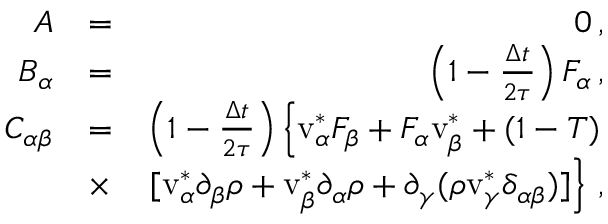
\begin{array} { r l r } { A } & { = } & { 0 \, , } \\ { B _ { \alpha } } & { = } & { \left( 1 - \frac { \Delta t } { 2 \tau } \right) F _ { \alpha } \, , } \\ { C _ { \alpha \beta } } & { = } & { \left( 1 - \frac { \Delta t } { 2 \tau } \right) \left\{ \mathrm { v } _ { \alpha } ^ { * } F _ { \beta } + F _ { \alpha } \mathrm { v } _ { \beta } ^ { * } + ( 1 - T ) \right. } \\ & { \times } & { \left. [ \mathrm { v } _ { \alpha } ^ { * } \partial _ { \beta } \rho + \mathrm { v } _ { \beta } ^ { * } \partial _ { \alpha } \rho + \partial _ { \gamma } ( \rho \mathrm { v } _ { \gamma } ^ { * } \delta _ { \alpha \beta } ) ] \right\} \, , } \end{array}